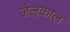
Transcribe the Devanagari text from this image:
जेलकाल